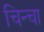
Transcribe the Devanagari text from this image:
चिन्चा